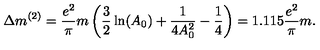
\Delta m ^ { ( 2 ) } = \frac { e ^ { 2 } } \pi m \left( \frac 3 2 \ln ( A _ { 0 } ) + \frac 1 { 4 A _ { 0 } ^ { 2 } } - \frac 1 4 \right) = 1 . 1 1 5 \frac { e ^ { 2 } } \pi m .